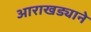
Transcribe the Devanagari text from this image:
आराखड्याने